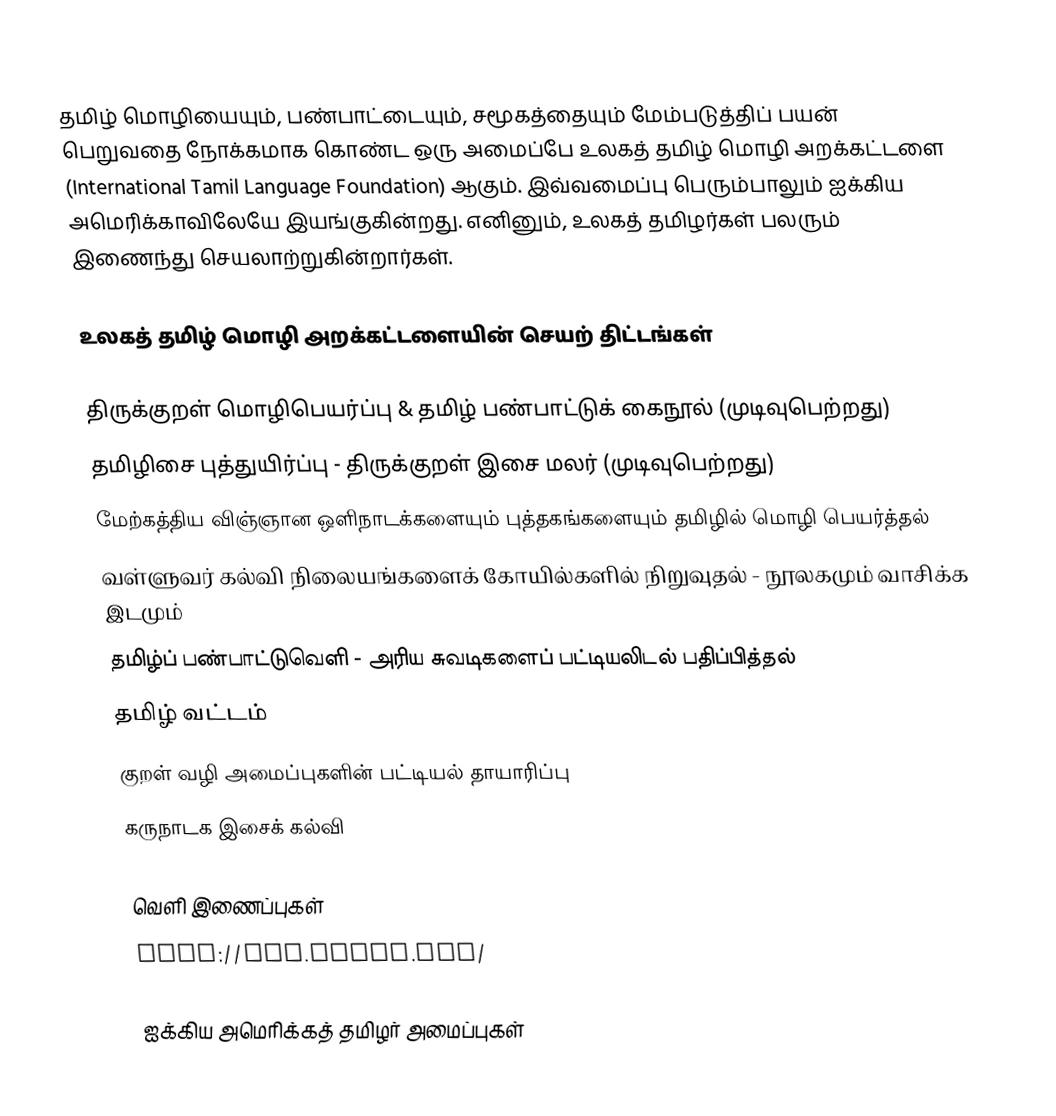
தமிழ் மொழியையும், பண்பாட்டையும், சமூகத்தையும் மேம்படுத்திப் பயன் பெறுவதை நோக்கமாக கொண்ட ஒரு அமைப்பே உலகத் தமிழ் மொழி அறக்கட்டளை (International Tamil Language Foundation) ஆகும்.  இவ்வமைப்பு பெரும்பாலும் ஐக்கிய அமெரிக்காவிலேயே இயங்குகின்றது.  எனினும், உலகத் தமிழர்கள் பலரும் இணைந்து செயலாற்றுகின்றார்கள்.

உலகத் தமிழ் மொழி அறக்கட்டளையின் செயற் திட்டங்கள்

 திருக்குறள் மொழிபெயர்ப்பு & தமிழ் பண்பாட்டுக் கைநூல் (முடிவுபெற்றது)
 தமிழிசை புத்துயிர்ப்பு - திருக்குறள் இசை மலர் (முடிவுபெற்றது)
 மேற்கத்திய விஞ்ஞான ஒளிநாடக்களையும் புத்தகங்களையும் தமிழில் மொழி பெயர்த்தல்
 வள்ளுவர் கல்வி நிலையங்களைக் கோயில்களில் நிறுவுதல் - நூலகமும் வாசிக்க இடமும்
 தமிழ்ப் பண்பாட்டுவெளி - அரிய சுவடிகளைப் பட்டியலிடல் பதிப்பித்தல்
 தமிழ் வட்டம்
 குறள் வழி அமைப்புகளின் பட்டியல் தாயாரிப்பு
 கருநாடக இசைக் கல்வி

வெளி இணைப்புகள்
 http://www.kural.org/

ஐக்கிய அமெரிக்கத் தமிழர் அமைப்புகள்